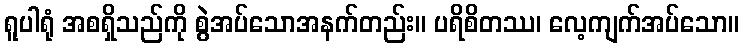
ရူပါရုံ အစရှိသည်ကို စွဲအပ်သောအနက်တည်း။ ပရိစိတဿ၊ လေ့ကျက်အပ်သော။